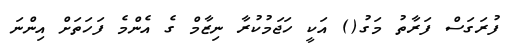
ފުރަގަސް ފަރާތު މަގު() އަކީ ހަޖަމުކުރާ ނިޒާމް ގެ އެންމެ ފަހަތަށް އިންނަ